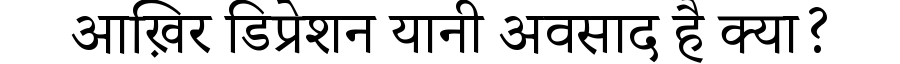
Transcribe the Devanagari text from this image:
आख़िर डिप्रेशन यानी अवसाद है क्या?